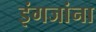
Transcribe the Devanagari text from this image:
इंगजांना